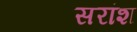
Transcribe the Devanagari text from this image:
सरांश